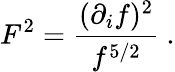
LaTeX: F^{2}={\frac{(\partial_{i}f)^{2}}{f^{5/2}}}\ .